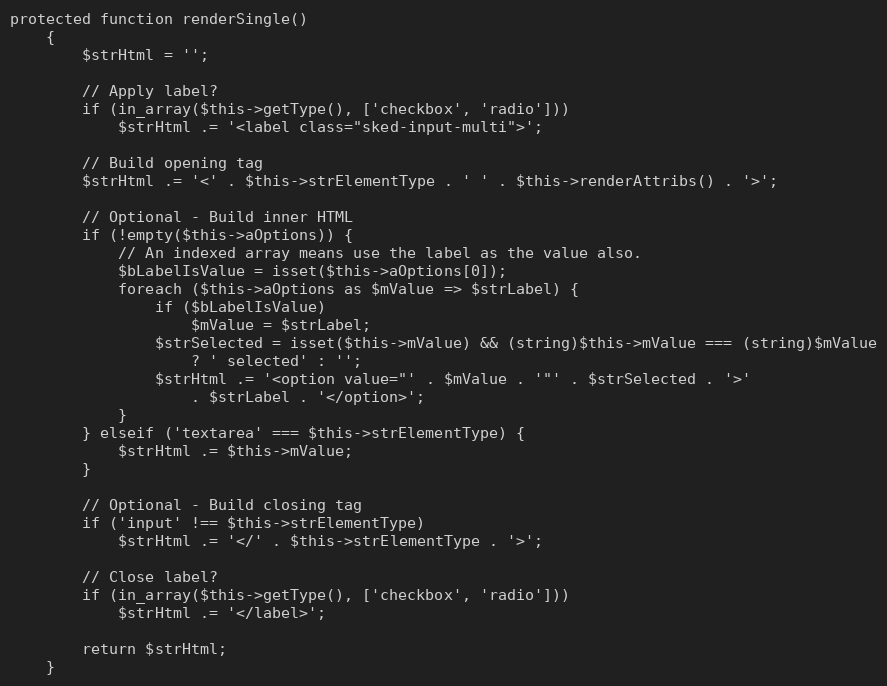
Language: PHP
protected function renderSingle()
    {
        $strHtml = '';

        // Apply label?
        if (in_array($this->getType(), ['checkbox', 'radio']))
            $strHtml .= '<label class="sked-input-multi">';

        // Build opening tag
        $strHtml .= '<' . $this->strElementType . ' ' . $this->renderAttribs() . '>';

        // Optional - Build inner HTML
        if (!empty($this->aOptions)) {
            // An indexed array means use the label as the value also.
            $bLabelIsValue = isset($this->aOptions[0]);
            foreach ($this->aOptions as $mValue => $strLabel) {
                if ($bLabelIsValue)
                    $mValue = $strLabel;
                $strSelected = isset($this->mValue) && (string)$this->mValue === (string)$mValue
                    ? ' selected' : '';
                $strHtml .= '<option value="' . $mValue . '"' . $strSelected . '>'
                    . $strLabel . '</option>';
            }
        } elseif ('textarea' === $this->strElementType) {
            $strHtml .= $this->mValue;
        }

        // Optional - Build closing tag
        if ('input' !== $this->strElementType)
            $strHtml .= '</' . $this->strElementType . '>';

        // Close label?
        if (in_array($this->getType(), ['checkbox', 'radio']))
            $strHtml .= '</label>';

        return $strHtml;
    }